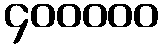
၄၀၀၀၀၀